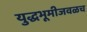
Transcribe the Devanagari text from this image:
युद्धभूमीजवळच